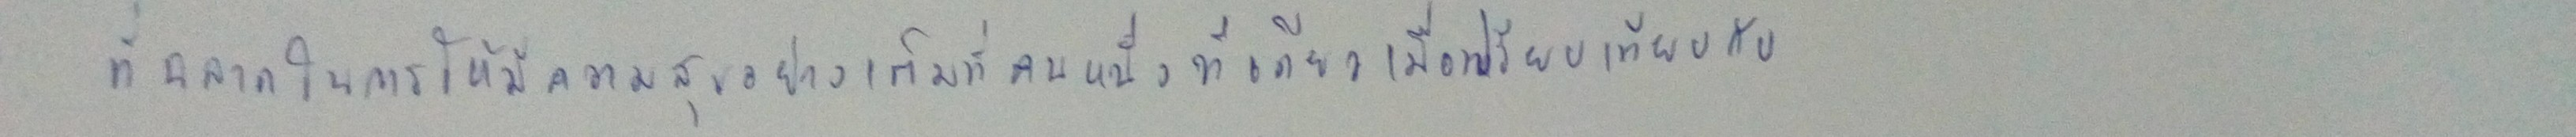
ที่ฉลาดในการใช้ชีวิตให้มีความสุขอย่างเต็มที่คนหนึ่งทีเดียวเมื่อเปรียบเทียบกับ